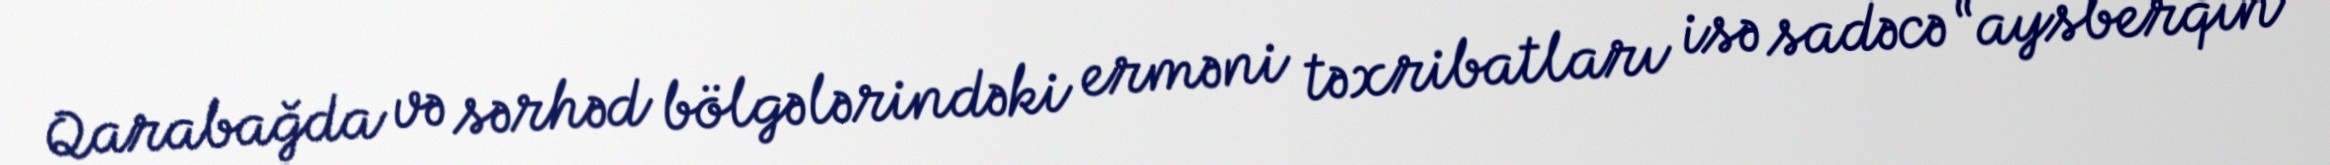
Qarabağda və sərhəd bölgələrindəki erməni təxribatları isə sadəcə “aysberqin